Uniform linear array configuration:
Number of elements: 32
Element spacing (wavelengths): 1
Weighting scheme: cosine
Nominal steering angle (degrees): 60
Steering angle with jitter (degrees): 61.312
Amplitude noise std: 0.05
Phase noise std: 0.05

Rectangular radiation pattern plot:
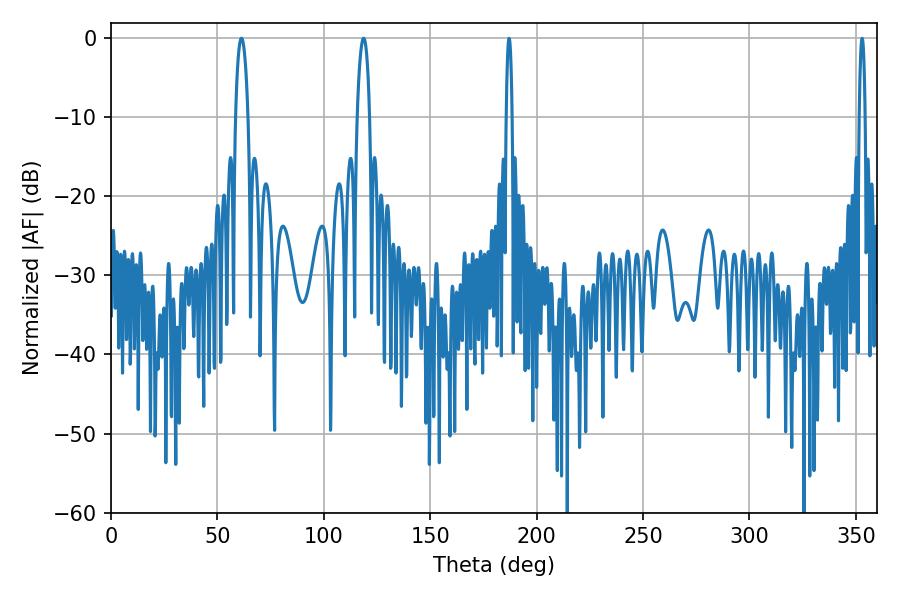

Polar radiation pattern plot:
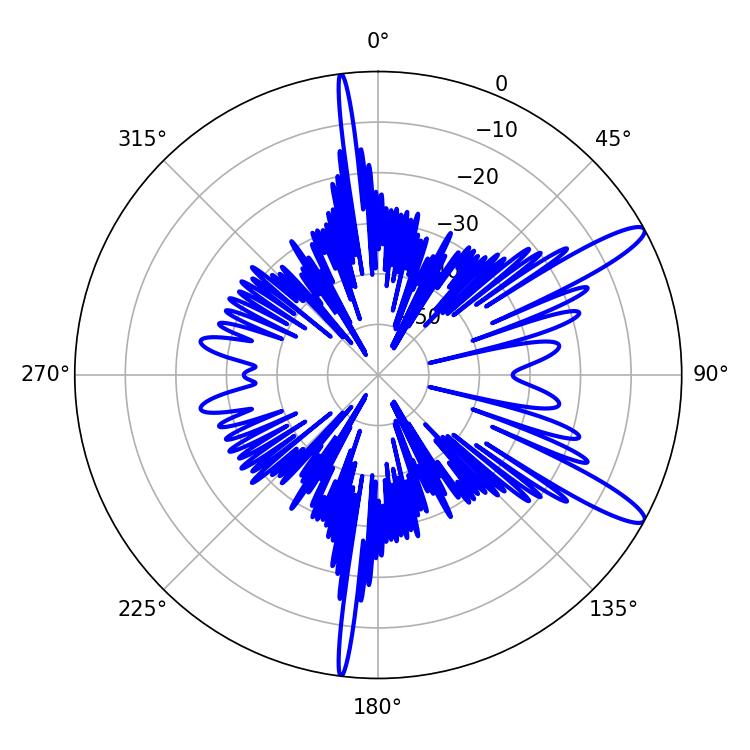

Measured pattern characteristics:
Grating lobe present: TRUE
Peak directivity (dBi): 12.744
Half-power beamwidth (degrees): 1.44
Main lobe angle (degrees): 187.02